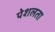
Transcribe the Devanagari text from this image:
पेशलता